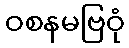
ဝစနမဗြဝုံ